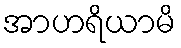
အာဟရိယာမိ